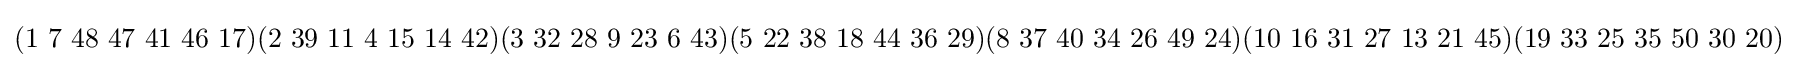
(1\ 7\ 48\ 47\ 41\ 46\ 17)(2\ 39\ 11\ 4\ 15\ 14\ 42)(3\ 32\ 28\ 9\ 23\ 6\ 43)(5\ 22\ 38\ 18\ 44\ 36\ 29)(8\ 37\ 40\ 34\ 26\ 49\ 24)(10\ 16\ 31\ 27\ 13\ 21\ 45)(19\ 33\ 25\ 35\ 50\ 30\ 20)